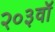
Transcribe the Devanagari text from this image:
२०३वॉ